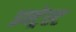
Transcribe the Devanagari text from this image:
इन्ट्रेस्ट